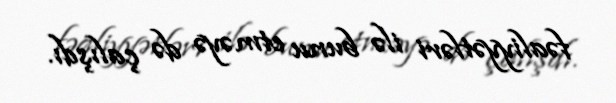
fəaliyyətləri ilə bunu etməyə də çalışdı.